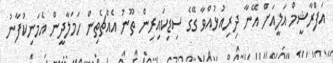
އަފްރާޝީމް އަލީއަށް އޭނާ ދިރިއުޅުއްވާ ގޭގެ ސިޑިކައިރިން ތޫނު އެއްޗެތިން ހަމަލާދީން އެމަނިކުފާނު